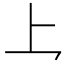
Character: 𪛚